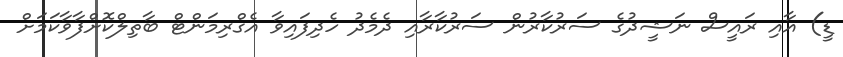
ޑީ) އާއި ރައީސް ނަޝީދުގެ ސަރުކާރުން ސަރުކާރާއި ދެމެދު ހެދިފައިވާ އެގްރިމަންޓް ބާތިލްކޮށްފާވާކަމަށް